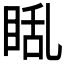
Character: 𪾬